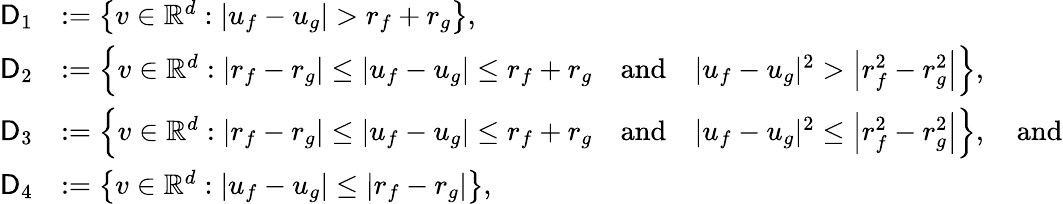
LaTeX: \begin{array}{rl}{\mathsf{D}_{1}}&{:=\left\{ v\in\mathbb{R}^{d}:|u_{f}-u_{g}|>r_{f}+r_{g}\right\} ,}\\ {\mathsf{D}_{2}}&{:=\left\{ v\in\mathbb{R}^{d}:\left|r_{f}-r_{g}\right|\le|u_{f}-u_{g}|\le r_{f}+r_{g}\quad\mathrm{and}\quad|u_{f}-u_{g}|^{2}>\left|r_{f}^{2}-r_{g}^{2}\right|\right\} ,}\\ {\mathsf{D}_{3}}&{:=\left\{ v\in\mathbb{R}^{d}:|r_{f}-r_{g}|\le|u_{f}-u_{g}|\le r_{f}+r_{g}\quad\mathrm{and}\quad|u_{f}-u_{g}|^{2}\le\left|r_{f}^{2}-r_{g}^{2}\right|\right\} ,\quad\mathrm{and}}\\ {\mathsf{D}_{4}}&{:=\left\{ v\in\mathbb{R}^{d}:|u_{f}-u_{g}|\le|r_{f}-r_{g}|\right\} ,}\end{array}